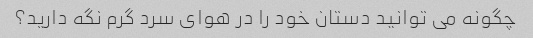
چگونه می توانید دستان خود را در هوای سرد گرم نگه دارید؟